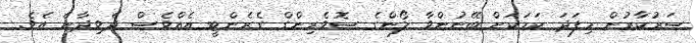
ސަރުކާރުން މިފަދަ ކަމަކަށް ބޭނުންވާ ލޯންގެ ސޮވެރިންގް ގެރެންޓީ އެއްވެސް ދެވިދާނެ އެވެ.